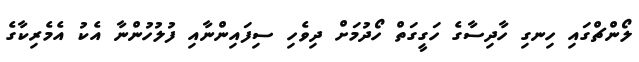
ލޯންޗްގައި ހިނގި ހާދިސާގެ ހަގީގަތް ހޯދުމަށް ދިވެހި ސިފައިންނާއި ފުލުހުންނާ އެކު އެމެރިކާގެ